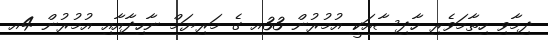
ދިމާވި ހިތާމަވެރި ހާދިސާއަކީ އުމުރުން 33އ ގެ މަރިޔަމް ނާހިދާއާއި އުމުރުން 4އ